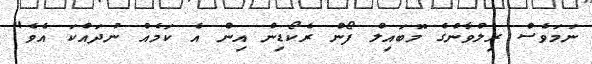
ނަމަވެސް ރިލްވާންގެ މޮބައިލް ފޯން ރެކޯޑިން އިން އެ ކަމެއް ނުދައްކަ އެވެ"